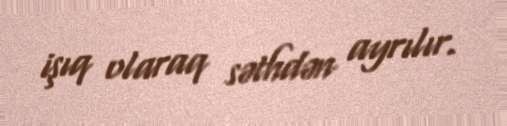
işıq olaraq səthdən ayrılır.